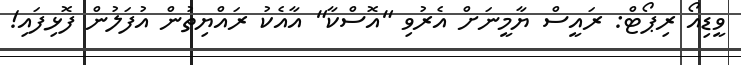
ވީޑިއޯ ރިޕޯޓް: ރައީސް ޔާމީނަށް އެރުވި "އޮސްކާ" އާއެކު ރައްޔިތުން އުފަލުން ފޮޅިފައި!